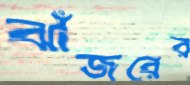
ঝাঁজরের